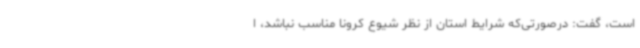
است، گفت: درصورتی‌که شرایط استان از نظر شیوع کرونا مناسب نباشد، ا